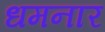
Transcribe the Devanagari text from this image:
धमनार